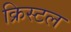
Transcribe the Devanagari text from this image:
क्रिस्‍टल